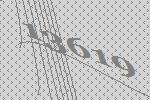
13619